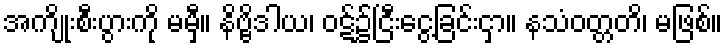
အကျိုးစီးပွားကို မမှီ။ နိဗ္ဗိဒါယ၊ ဝဋ်၌ငြီးငွေ့ခြင်းငှာ။ နသံဝတ္တတိ၊ မဖြစ်။